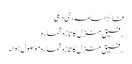
فائز اسامہ، نئی دہلی
رفیق منزل کا تازہ شمارہ
رفیق منزل کا تازہ شمارہ موصول ہوا۔